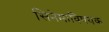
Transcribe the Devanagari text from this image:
सिनेमाविषयक